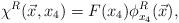
LaTeX: \begin{align*}\chi^R(\vec{x}, x_4) = F(x_4) \phi^R_{x_4}(\vec{x}),\end{align*}